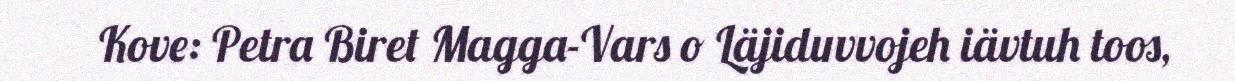
Kove: Petra Biret Magga-Vars o Läjiduvvojeh iävtuh toos,